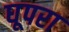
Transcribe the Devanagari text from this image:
घूपरा